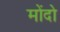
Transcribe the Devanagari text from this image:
मोंदो